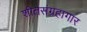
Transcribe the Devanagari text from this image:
शीतसंग्रहागार